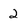
Character: 2